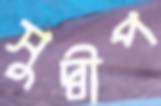
সুদ্বীপ